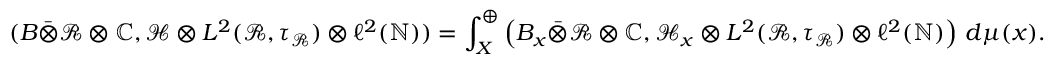
( B \bar { \otimes } \mathcal { R } \otimes \mathbb { C } , \mathcal { H } \otimes L ^ { 2 } ( \mathcal { R } , \tau _ { \mathcal { R } } ) \otimes \ell ^ { 2 } ( \mathbb { N } ) ) = \int _ { X } ^ { \oplus } \left( B _ { x } \bar { \otimes } \mathcal { R } \otimes \mathbb { C } , \mathcal { H } _ { x } \otimes L ^ { 2 } ( \mathcal { R } , \tau _ { \mathcal { R } } ) \otimes \ell ^ { 2 } ( \mathbb { N } ) \right) \, d \mu ( x ) .